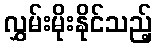
လွှမ်းမိုးနိုင်သည့်